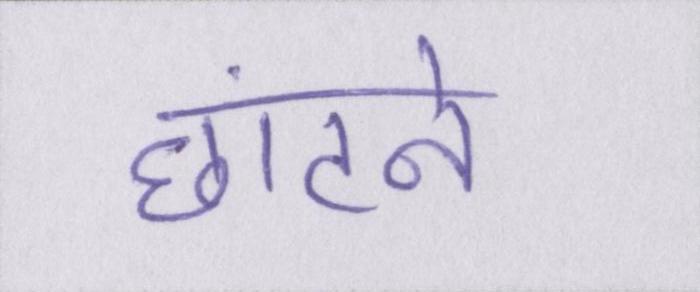
छांटने